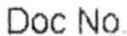
DOC NO.